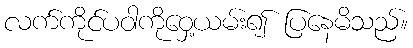
လက်ကိုင်ပဝါကိုဝှေ့ယမ်း၍ ပြနေမိသည်။